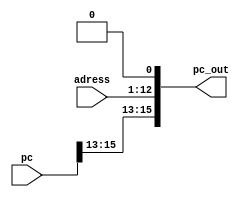
module Jumper(input [15:0] pc, input [11:0] adress, output [15:0] pc_out);
    assign pc_out = {pc[15:13], adress , 1'b0};
endmodule
/////////////////&